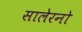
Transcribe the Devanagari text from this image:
सालेरनो